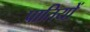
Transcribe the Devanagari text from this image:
पातियों